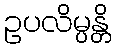
ဥပလိမ္ပန္တိ